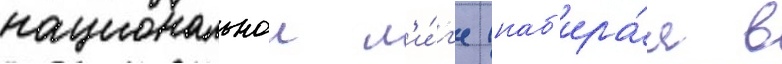
национальнои л'и́г'е (наб'ира́я в